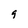
Character: 9